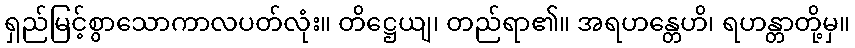
ရှည်မြင့်စွာသောကာလပတ်လုံး။ တိဋ္ဌေယျ၊ တည်ရာ၏။ အရဟန္တေဟိ၊ ရဟန္တာတို့မှ။